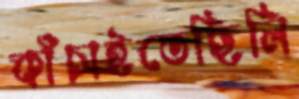
কাঁচাইতেছিলি